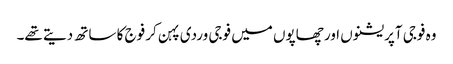
وہ فوجی آپریشنوں اور چھاپوں میں فوجی وردی پہن کر فوج کا ساتھ دیتے تھے۔